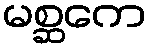
မစ္ဆကေ